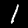
Digit: 1